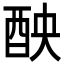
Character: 𨠗